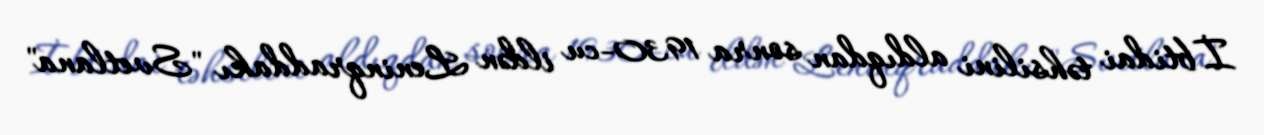
İbtidai təhsilini aldıqdan sonra 1930-cu ildən Leninqraddakı "Svetlana"